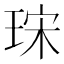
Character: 𤥤